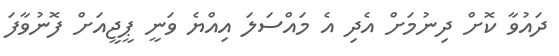
ދައުވާ ކޮށް ދިނުމަށް އެދި އެ މައްސަލަ އިއްޔެ ވަނީ ޕީޖީއަށް ފޮނުވާފަ